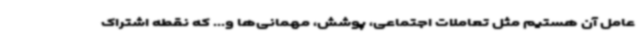
عامل آن هستیم مثل تعاملات اجتماعی، پوشش، مهمانی‌ها و... که نقطه اشتراک